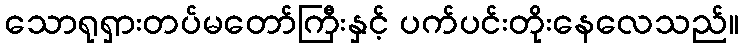
သောရုရှားတပ်မတော်ကြီးနှင့် ပက်ပင်းတိုးနေလေသည်။